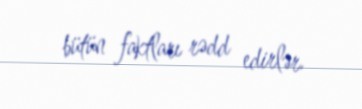
bütün faktları rədd edirlər.